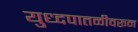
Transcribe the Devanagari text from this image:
युध्दपातळीवरून